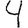
Digit: 4